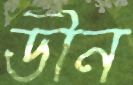
ডীন